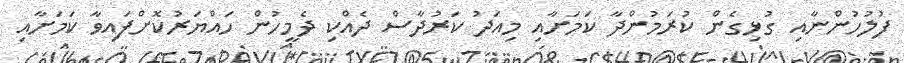
ފުލުހުންނާއި ގުޅިގެން ކުރަމުންދާ ކަމަށާއި މިއަދު ކަރުދާސް ދެއްކި ދެމީހުން ހައްޔަރުކޮށްފައިވާ ކަމަށާއި